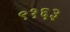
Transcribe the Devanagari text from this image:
९१६३